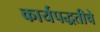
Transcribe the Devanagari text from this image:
कार्यपद्धतीचे